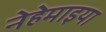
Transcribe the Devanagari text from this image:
नेहेमाइया